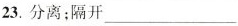
23.分离；隔开___